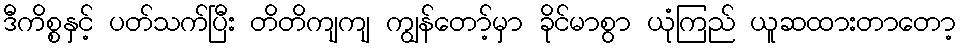
ဒီကိစ္စနှင့် ပတ်သက်ပြီး တိတိကျကျ ကျွန်တော့်မှာ ခိုင်မာစွာ ယုံကြည် ယူဆထားတာတော့